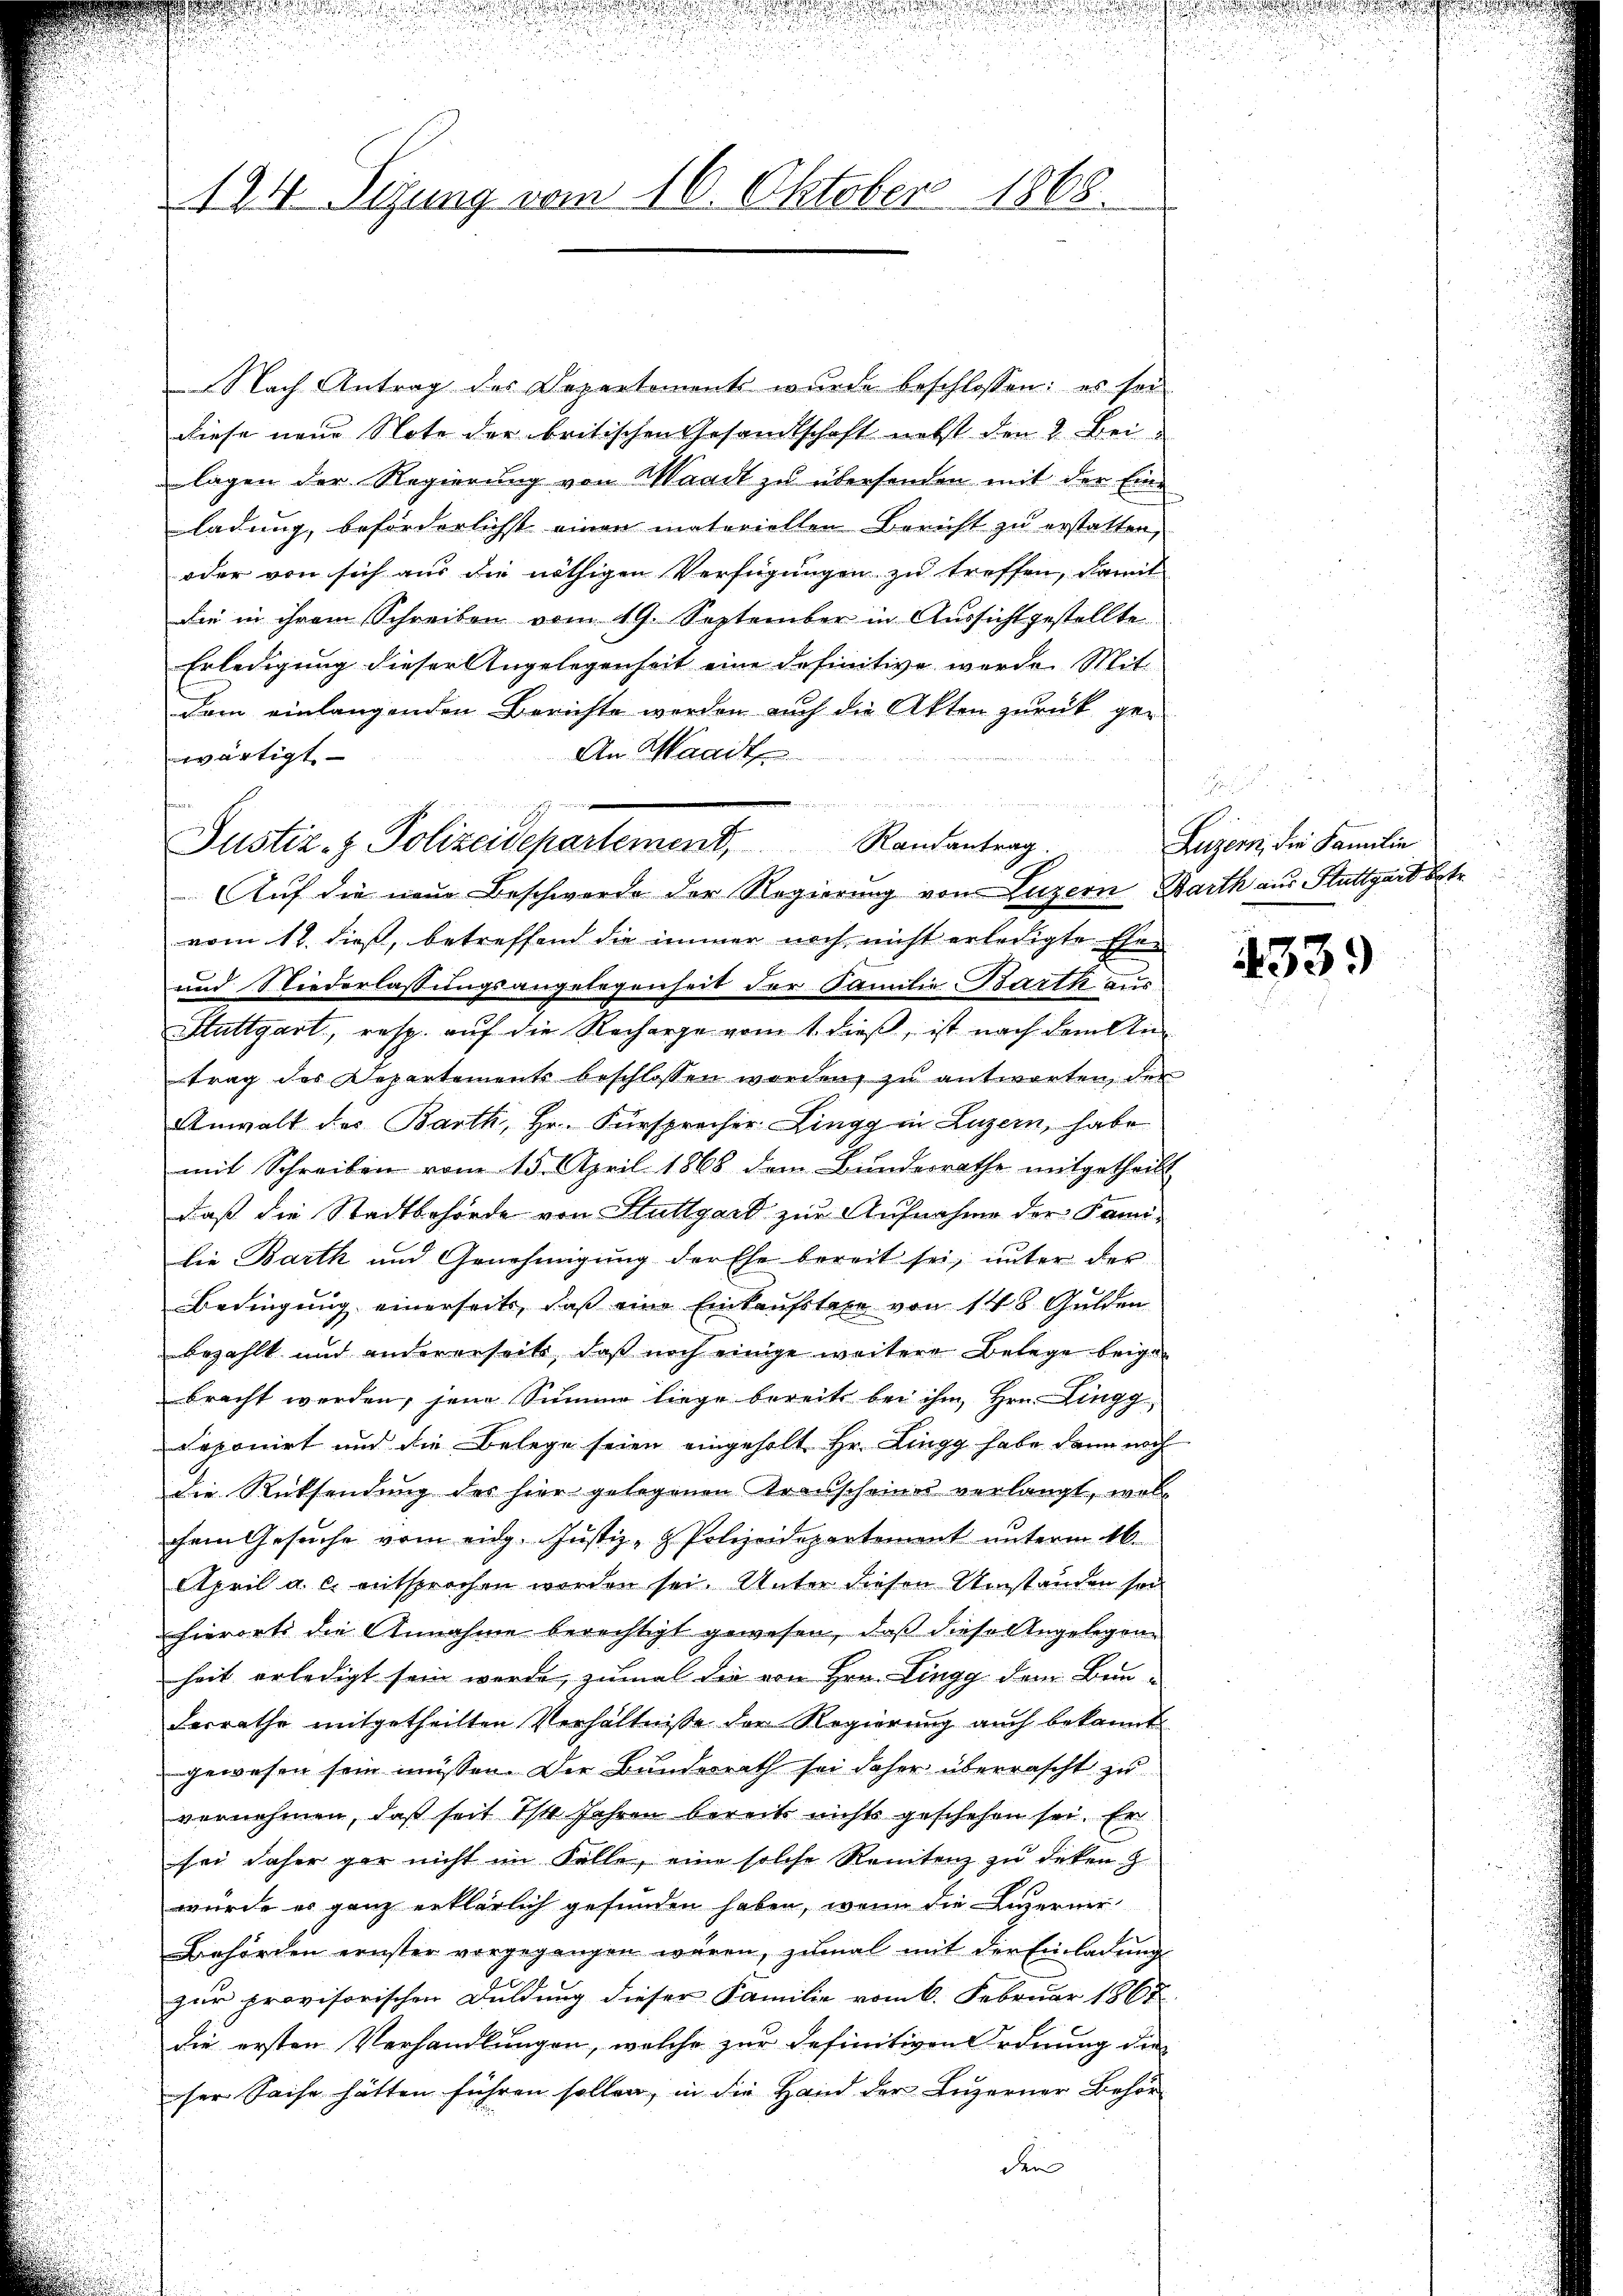
Nach Antrag des Departements wurde beschlossen: es sei
diese neue Note der britischen Gesandtschaft nebst den 2. Bei
lagen der Regierung von Waadt zu übersenden mit der Eine
ladung, beförderlichst einen materiellen Bericht zu erstatten,
oder von sich aus die nöthigen Verfügungen zu treffen, damit
die in ihrem Schreiben vom 19. September in Aussichtgestellte
Erledigung dieser Angelegenheit eine definitive werde. Mit-
dern einlangenden Berichte worden auch die Akten zurück ge¬
An Waadt
wärtigt
vom 11. dieß, betreffend die immer noch nicht erledigte Ehen
und Niederlassungsangelegenheit der Familie Barth aus
Stuttgart, resp. auf die Recharge vom 1. dieß, ist nach dem Antrag des Departements beschlossen worden, zu antworten, der
Anwalt des Barth, Hr. Fürsprecher Lingg in Luzern, habe
mit Schreiben vom 15. April 1868 dem Bundesrathe mitgetheilt
daß die Stadtbehörde von Stuttgard zur Aufnahme der Famidie Barth und Genehmigung der Ehe bereit sei, unter der
Bedingung einerseits, daß eine Einkaufstaxe von 148 Gulden
bezahlt und andererseits, daß noch einige weitere Belege beigebracht werden, jene Summe liege bereits bei ihm Hrn. Lingg
seponirt und die Belege seien eingeholt Hr. Lingg habe dann noch
die Rücksendung des hier gelegenen Trausscheines verlangt, wolchem Gesuche vom eidg. Justiz- & Polizeidepartement unterm 16.
April a. c. entsprochen worden sei. Unter diesen Umständen sei
hierorti die Annahme berechtigt gewesen, daß diese Angelegene
heit erledigt sein werde, zumal die von Hrn. Lingg dem Bau¬
Ferrathe mitgetheilten Verhältnisse der Regierung auch bekannt
gewesen sein müssen. Die Bundesrath sei daher überrascht zu
vernehmen, daß seit 1/4 Jahren bereits nichts geschehen sei. Er
sei daher gar nicht im Falle, eine solche Rentenz zŭ deken z
wurde es ganz erklärlich gefunden haben, wenn die Luzerner
Behörden ernster vorgegangen wären, zŭmal mit der Einladŭng
zur provisorischen Duldung dieser Familie vom 6. Februar 1867
die ersten Verhandlungen, welche zur definitiven Ordnung der
ser Sache hätten führen sollen, in die Hand der Luzerner Behör
der

1944 Sizung vom 16. Oktober 1868.

s

Randantrag
Justiz- & Polizeidepartement,
Auf die neue Beschwerde der Regierung von Luzern, Barth aus Stuttgard betr.

Luzern, die Familie

.
d

4339